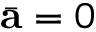
\bar { \mathbf { a } } = 0